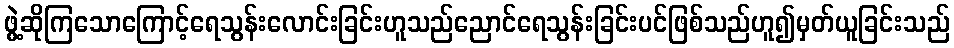
ဖွဲ့ဆိုကြသောကြောင့်ရေသွန်းလောင်းခြင်းဟူသည်ညောင်ရေသွန်းခြင်းပင်ဖြစ်သည်ဟူ၍မှတ်ယူခြင်းသည်